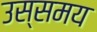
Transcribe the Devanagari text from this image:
उस्समय